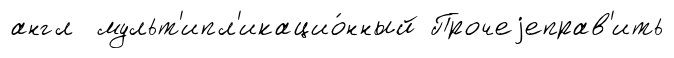
англ мульт'ипл'икацио́нный Прочеjеправ'ить